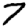
Digit: 7